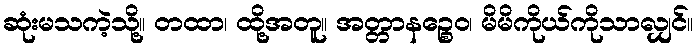
ဆုံးမသကဲ့သို့။ တထာ၊ ထို့အတူ။ အတ္တာနဉ္စေဝ၊ မိမိကိုယ်ကိုသာလျှင်။